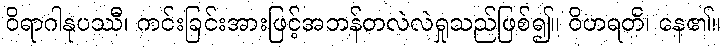
ဝိရာဂါနုပဿီ၊ ကင်းခြင်းအားဖြင့်အဘန်တလဲလဲရှုသည်ဖြစ်၍။ ဝိဟရတိ၊ နေ၏။